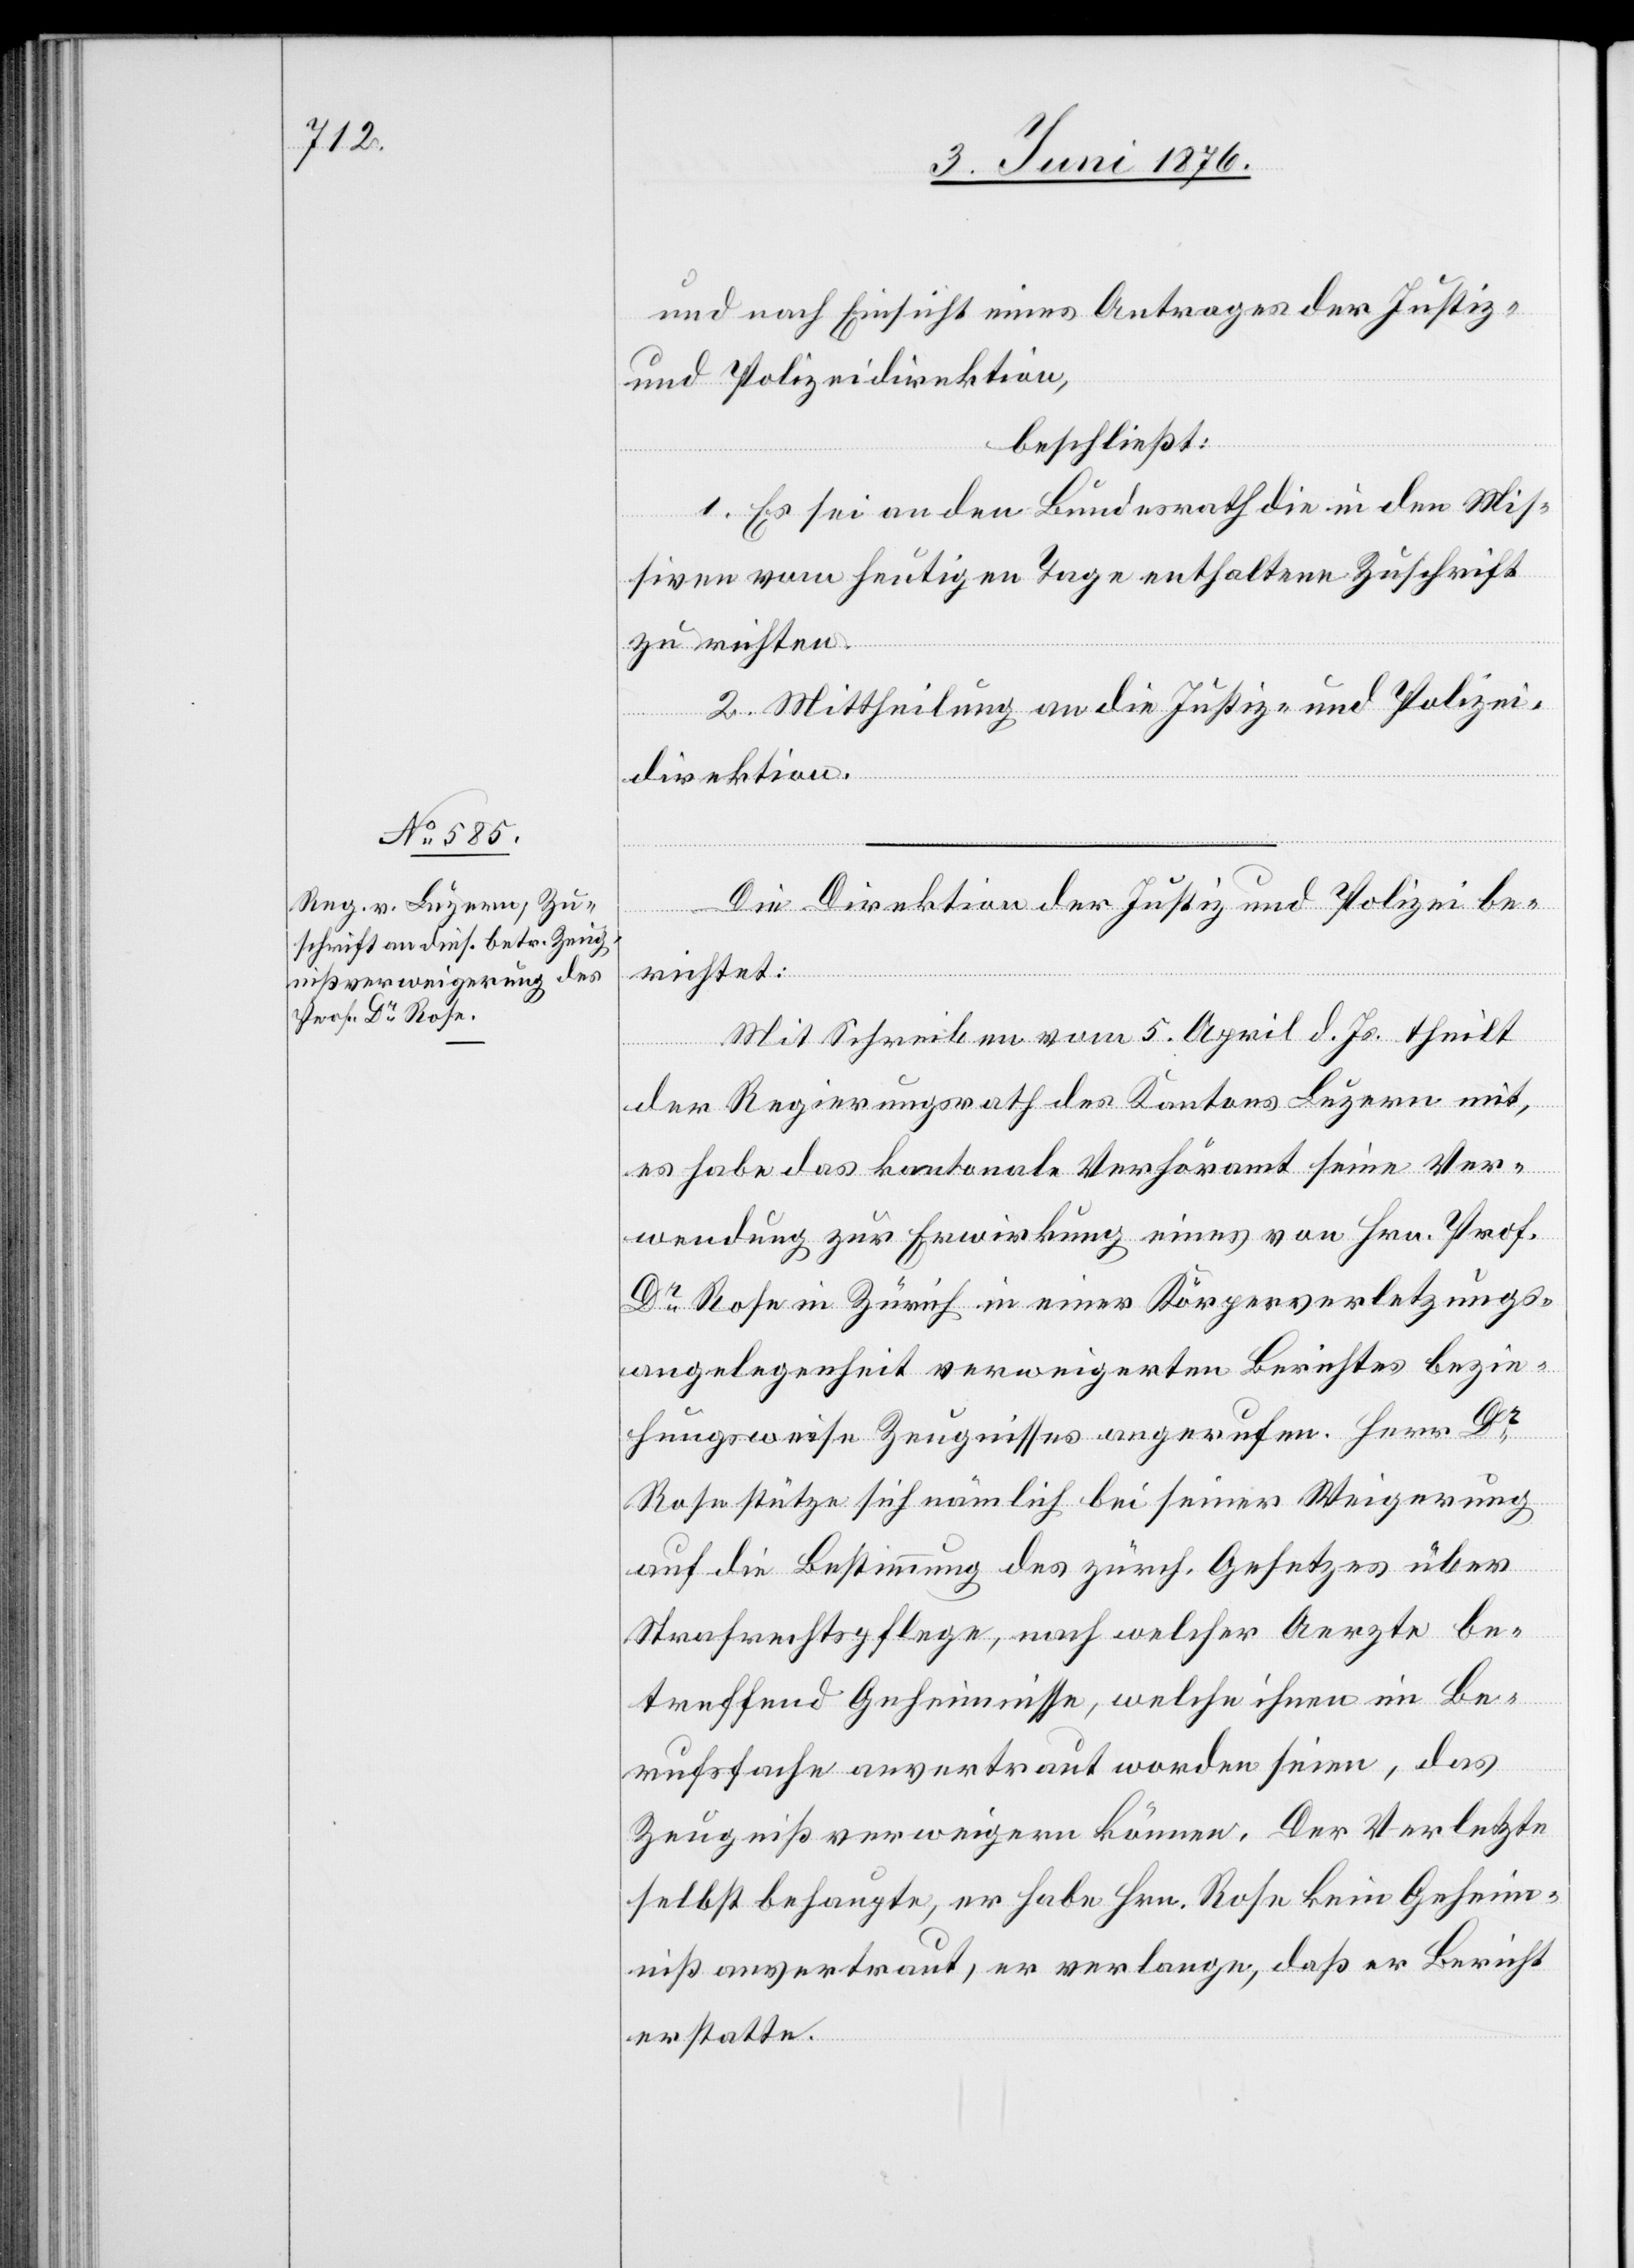
und nach Einsicht eines Antrages der Justiz-
und Polizeidirektion
beschließt:
1. Es sei an den Bundesrath die in den Mis¬
siven vom heutigen Tage enthaltene Zuschrift
zu richten.
2. Mittheilung an die Justiz- und Polizei¬
direktion.
erichtet:
Mit Schreiben vom 5. April d. Js. theilt
der Regierungsrath des Kantons Luzern mit,
es habe das kantonale Verhöramt seine Ver¬
Die
wendung zur Erwirkung eines von Hrn. Prof.
Dr Rose in Zürich in einer Körperverletzungs¬
angelegenheit verweigerten Berichtes bezie¬
hungsweise Zeugnisses angerufen. Herr Dr
Rose stütze sich nämlich bei seiner Weigerung
b¬
auf die Bestimmung des zürch. Gesetzes über
Strafrechtspflege, nach welcher Aerzte be¬
treffend Geheimnisse, welche ihnen im Be¬
rufsfache anvertraut worden seien, das
Zeugniß verweigern können. Der Verletzte
selbst behaupte, er habe Hrn. Rose kein Geheim¬
niß anvertraut, er verlange, daß er Bericht
erstatte.